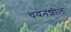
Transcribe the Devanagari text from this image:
चयनशील